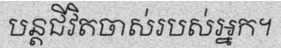
បន្តជីវិតចាស់របស់អ្នក។